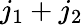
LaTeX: j_{1}+j_{2}